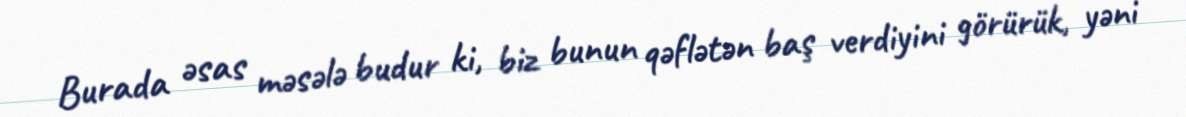
Burada əsas məsələ budur ki, biz bunun qəflətən baş verdiyini görürük, yəni